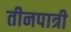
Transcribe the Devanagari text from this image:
तीनपात्री